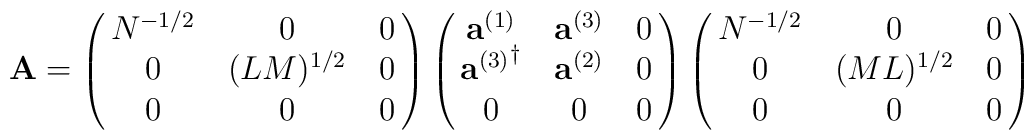
{\bf A} =  \left(\matrix{N^{-1/2} & 0 & 0 \cr                   0 & (LM)^{1/2}  & 0 \cr                    0 & 0 & 0  }\right)               \left(\matrix{{\bf a}^{(1)} &{\bf a} ^{(3)} & 0 \cr                   {{\bf a}^{(3)}}^\dagger &{\bf a} ^{(2)}  & 0 \cr                    0 & 0 & 0  }\right)                \left(\matrix{N^{-1/2} & 0 & 0 \cr                   0 & (ML)^{1/2}  & 0 \cr                    0 & 0 & 0  }\right)